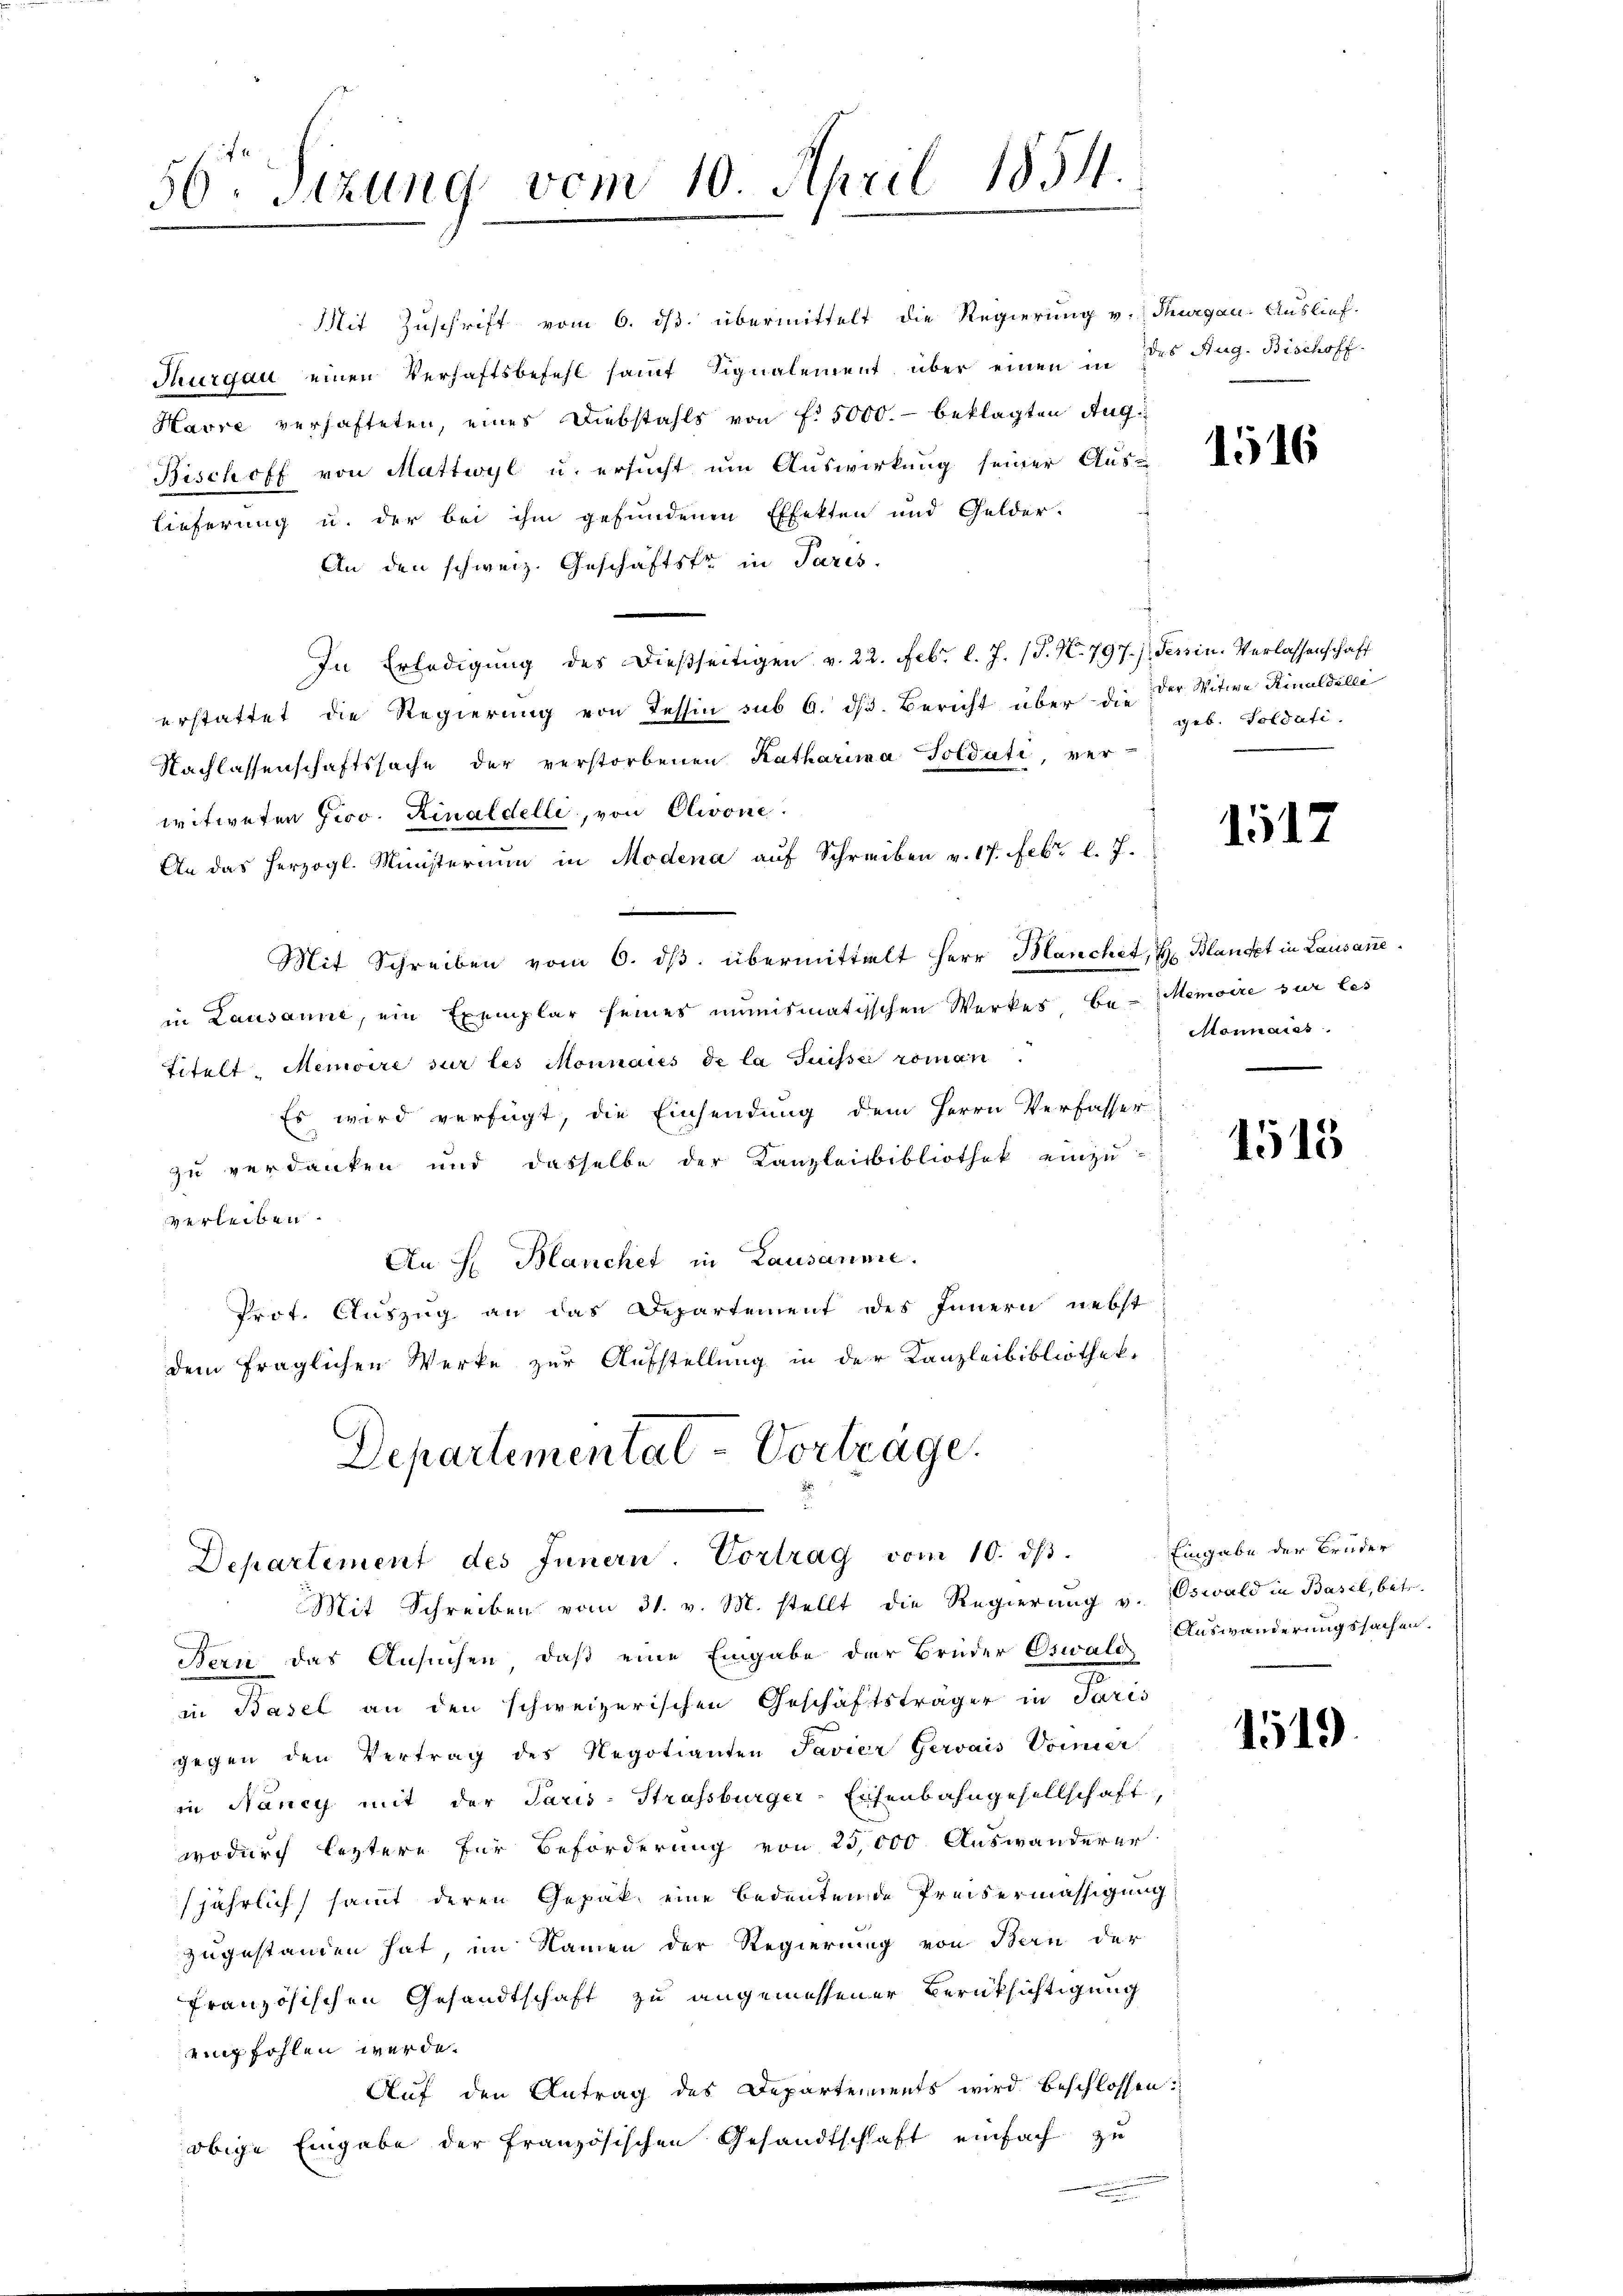
56 Sizung vom 10. April 1851.

Mit Zuschrift vom 6. ds. übermittelt die Regierung v. Thurgau. Auslief.
Thurgau einen Verhaftsbefehl samt Signalement über einen in des Aug. Bischoff
Havre verhafteten, eines Diebstahls von f. 5000.- beklagten Aug.
Bischoff von Mattwyl u. ersucht um Auswirkung seiner Aus-
lieferung u. der bei ihm gefundenen Effekten und Gelder-
An den schweiz. Geschäftstr in Paris.
In Erledigung des dießseitigen v. 22. Febr. l. J. (T. N. 797.) Tessin. Verlassenschaft
erstattet die Regierung von Tessin sub 6. ds. Bericht über die der Witwe Rinaldilli
Nachlassenschaftssache der verstorbenen Katharina Soldati, ver-
witweten Jiov. Rinaldelle, von Olivone.
An das herzogl. Ministerium in Modena auf Schreiben v. 17. Febr. l. J.
Mit Schreiben vom 6. dβ übermittelt Herr Manchet, Hr. Blandet in Lausannein Lausanne, ein Exemplar seines mimismatischen Werkes Be-Memoire sur les
Titelt. Menwire sur les Monnaies de la Suisse roman.
Es wird verfügt, die Einsendung dem Herrn Verfasser
zu verdanken und dasselbe der Kanzleisbibliothek einzu-
verleiben.
An H Blanchet in Lausanne.
Prot. Auszug an das Departement des Innern nebst
dem fraglichen Werke zur Aufstellung in der Kanzleibibliothek.
Departemental-Vorträge.

Departement des Innern. Vortrag vom 10. dβ.

Mit Schreiben vom 31. v. M. stellt die Regierung v. Oswald in Basel, betr.
Bern das Ansuchen, daß eine Eingabe der Brüder Oswald Auswanderungssachen.
in Basel an den schweizerischen Geschäftsträger in Paris
gegen den Vertrag des Negotianten Javier Gervais Voiier
in Nancy mit der Paris - Strassburger-Eichenbahngesellschaft,
wodurch leztere für Beförderung von 25,000. Auswanderer
jährlich sammt deren Gepäk, eine bedeutende Preisermässigung
zugestanden hat, im Namen der Regierung von Bern der
französischen Gesandtschaft zu angemessener Berüksichtigung
einpfohlen werde.
Auf den Antrag des Departements wird beschlossen:
obige Eingabe der Französischen Gesandtschaft einfach zu

1516

geb. Goldati

1512

Monnaiss.

1515

Eingabe der Bruder

1519.